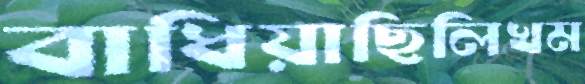
বাধিয়াছিলিখম